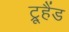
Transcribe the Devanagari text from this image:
ट्रूहैंड